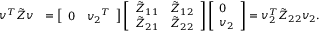
\begin{array} { r l } { { v } ^ { T } \tilde { Z } { v } } & { = \left[ \begin{array} { l l } { 0 } & { { v _ { 2 } } ^ { T } } \end{array} \right] \left[ \begin{array} { l l } { \tilde { Z } _ { 1 1 } } & { \tilde { Z } _ { 1 2 } } \\ { \tilde { Z } _ { 2 1 } } & { \tilde { Z } _ { 2 2 } } \end{array} \right] \left[ \begin{array} { l } { 0 } \\ { { v _ { 2 } } } \end{array} \right] = { v } _ { 2 } ^ { T } \tilde { Z } _ { 2 2 } { v _ { 2 } } . } \end{array}